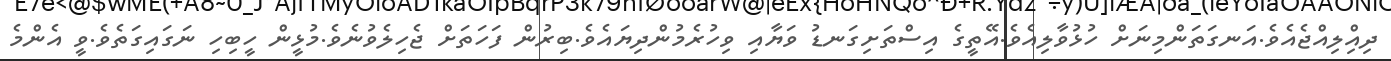
ދިއްިލިއްޖެއެވެ.އަނގަތަންމިނަށް ހުޅުވާލިއެވެ.އޭތީގެ އިސްތަށިގަނޑު ވަޔާއި ވިހުރެމުންދިޔައެވެ.ބިރުން ފަހަތަށް ޖެހިލެވުނެވެ.މުޅީން ހީބިހި ނަގައިގަތެވެ.ވީ އެންމެ